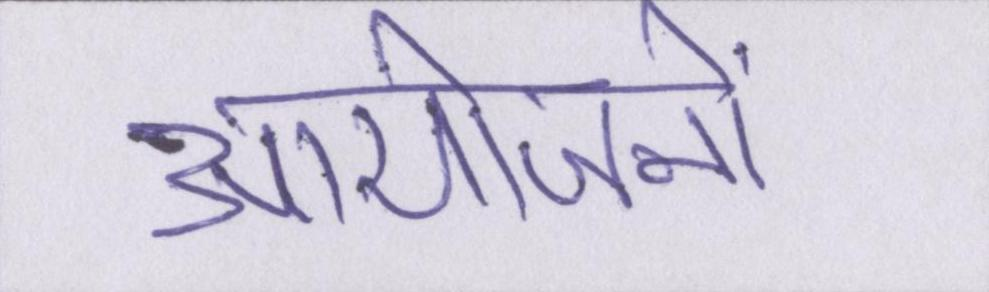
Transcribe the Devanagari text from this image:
आयोजनों